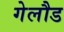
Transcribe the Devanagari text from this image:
गेलौड